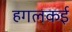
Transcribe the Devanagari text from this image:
हगलकई